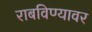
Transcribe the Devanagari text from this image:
राबविण्यावर